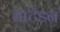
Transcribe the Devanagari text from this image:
याटेंडन